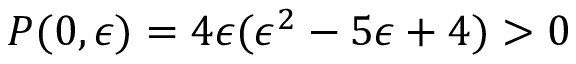
P ( 0 , \epsilon ) = 4 \epsilon ( \epsilon ^ { 2 } - 5 \epsilon + 4 ) > 0